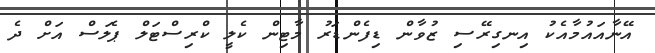
އޭނާއައުމާއެކު އިނގިރޭސި ޒުވާން ޑިފެންޑަރު މާޓިން ކެލީ ކްރިސްޓަލް ޕެލަސް އަށް ދެ